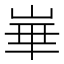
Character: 崋